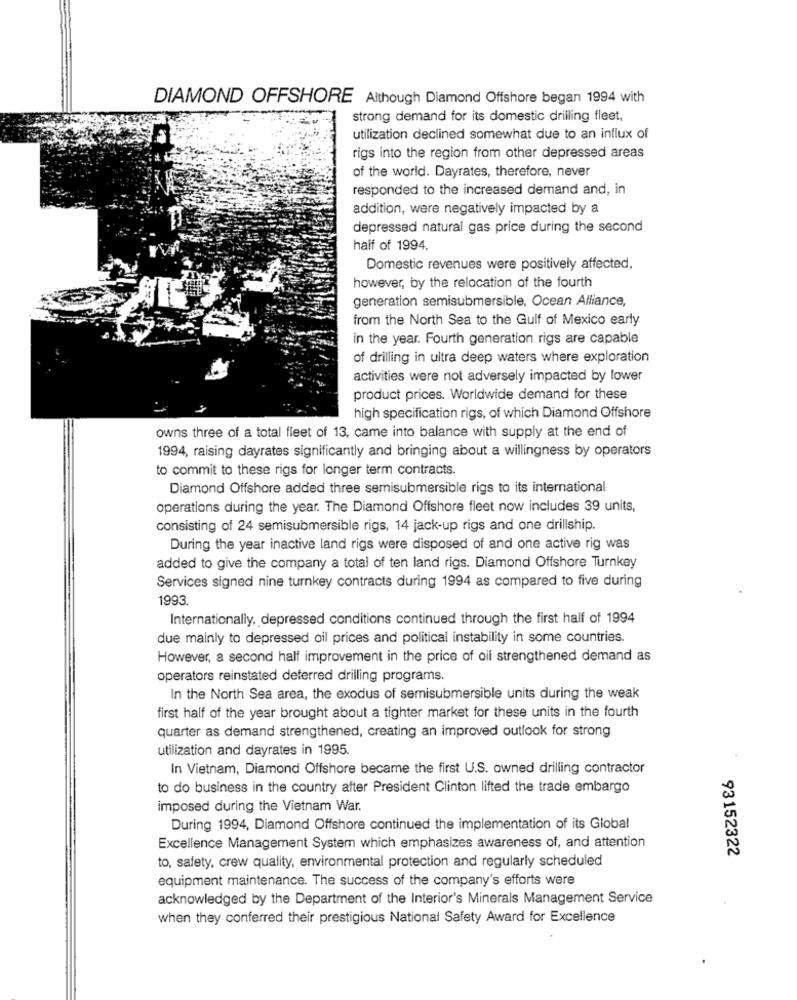
DIAMOND OFFSHORE Although Diamond Offshore began 1994 with
strong demand for its domestic drilling fleet,
utilization declined somewhat due to an influx of
rigs into the region from other depressed areas
of the world. Dayrates, therefore, never
responded to the increased demand and, in
addition, were negatively impacted by a
depressed natural gas price during the second
half of 1994.
Domestic revenues were positively affected,
however, by the relocation of the fourth
generation semisubmersible, Ocean Alliance,
from the North Sea to the Gulf of Mexico early
in the year. Fourth generation rigs are capable
of drilling in ultra deep waters where exploration
activities were not adversely impacted by lower
product prices. Worldwide demand for these
high specification rigs, of which Diamond Offshore
owns three of a total fleet of 13, came into balance with supply at the end of
1994, raising dayrates significantly and bringing about a willingness by operators
to commit to these rigs for longer term contracts.
Diamond Offshore added three semisubmersible rigs to its international
operations during the year. The Diamond Offshore fleet now includes 39 units,
consisting of 24 semisubmersible rigs, 14 jack-up rigs and one drillship.
During the year inactive land rigs were disposed of and one active rig was
added to give the company a total of ten land rigs. Diamond Offshore Turnkey
Services signed nine turnkey contracts during 1994 as compared to five during
1993.
Internationally, depressed conditions continued through the first half of 1994
due mainly to depressed oil prices and political instability in some countries.
However, a second half improvement in the price of oil strengthened demand as
operators reinstated deferred drilling programs.
In the North Sea area, the exodus of semisubmersible units during the weak
first half of the year brought about a tighter market for these units in the fourth
quarter as demand strengthened, creating an improved outlook for strong
utilization and dayrates in 1995.
In Vietnam, Diamond Offshore became the first U.S. owned drilling contractor
to do business in the country after President Clinton lifted the trade embargo
imposed during the Vietnam War.
During 1994, Diamond Offshore continued the implementation of its Global
Excellence Management System which emphasizes awareness of, and attention
93152322
to, safety, crew quality, environmental protection and regularly scheduled
equipment maintenance. The success of the company's efforts were
acknowledged by the Department of the Interior's Minerals Management Service
when they conferred their prestigious National Safety Award for Excellence